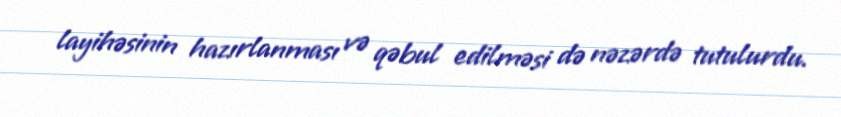
layihəsinin hazırlanması və qəbul edilməsi də nəzərdə tutulurdu.